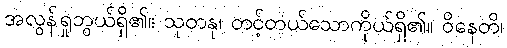
အလွန်ရှုဘွယ်ရှိ၏။ သုတနု၊ တင့်တယ်သောကိုယ်ရှိ၏။ ဝိနေတိ၊